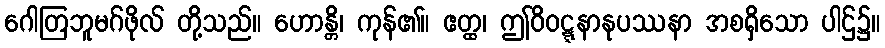
ဂေါတြဘူမဂ်ဖိုလ် တို့သည်။ ဟောန္တိ၊ ကုန်၏။ ဧတ္ထ၊ ဤဝိဝဋ္ဋနာနုပဿနာ အစရှိသော ပါဌ်၌။